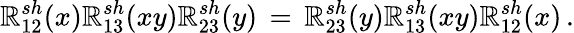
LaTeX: {\cal\mathbb{R}}_{12}^{sh}(x){\cal\mathbb{R}}_{13}^{sh}(xy){\cal\mathbb{R}}_{23}^{sh}(y)\, =\, {\cal\mathbb{R}}_{23}^{sh}(y){\cal\mathbb{R}}_{13}^{sh}(xy){\cal\mathbb{R}}_{12}^{sh}(x)\, .